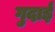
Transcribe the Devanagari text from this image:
गुदाई